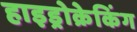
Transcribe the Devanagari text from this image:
हाइड्रोक्रेकिंग